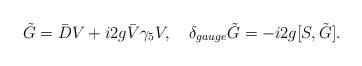
LaTeX: \begin{align*}\tilde{G} =\bar{D}V + i2g \bar{V} \gamma_{5} V ,\quad\delta_{gauge} \tilde{G} = -i2g[S , \tilde{G}] .\end{align*}